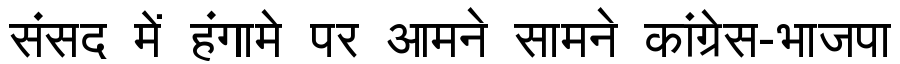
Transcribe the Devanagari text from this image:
संसद में हंगामे पर आमने सामने कांग्रेस-भाजपा